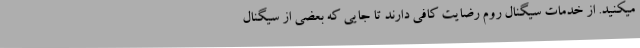
میکنید. از خدمات سیگنال روم رضایت کافی دارند تا جایی که بعضی از سیگنال